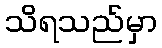
သိရသည်မှာ